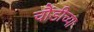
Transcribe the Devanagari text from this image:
चौंडीच्या